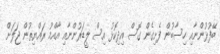
ބޭފުޅުންނާއި ހިސާބުން ފެށިގެން ގޮސް އިދިކޮޅު އިސް ލީޑަރުންނާއި އާއްމު ރައްޔިތުން ޖަލަށް